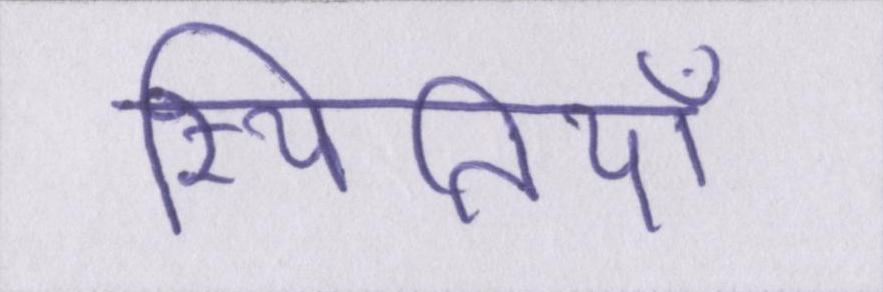
स्थितियाँ